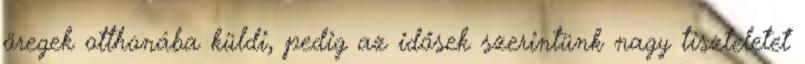
öregek otthonába küldi, pedig az idősek szerintünk nagy tiszteletet